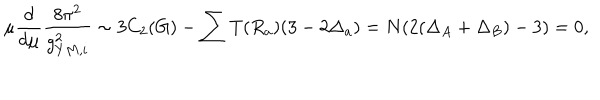
\mu \frac { d } { d \mu } \frac { 8 \pi ^ { 2 } } { g _ { Y M , i } ^ { 2 } } \sim 3 C _ { 2 } ( G ) - \sum T ( R _ { a } ) ( 3 - 2 \Delta _ { a } ) = N ( 2 ( \Delta _ { A } + \Delta _ { B } ) - 3 ) = 0 ,